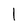
Character: 1